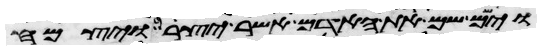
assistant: וישם שם את האדם אשר יצר ויצמח